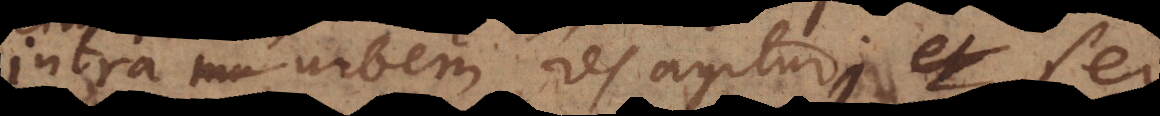
intra urbem res agitur, sed